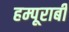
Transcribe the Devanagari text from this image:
हम्पूराबी